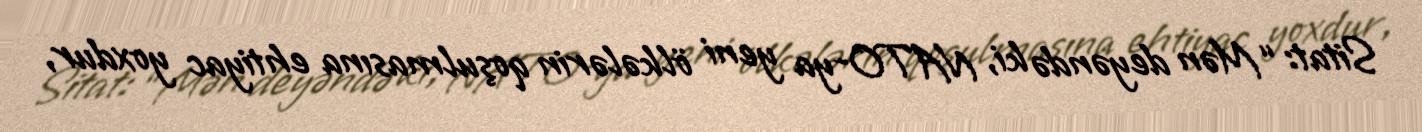
Sitat: “Mən deyəndə ki, NATO-ya yeni ölkələrin qoşulmasına ehtiyac yoxdur,